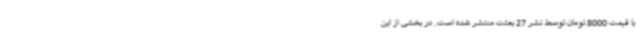
با قیمت 8000 تومان توسط نشر 27 بعثت منتشر شده است. در بخشی از این